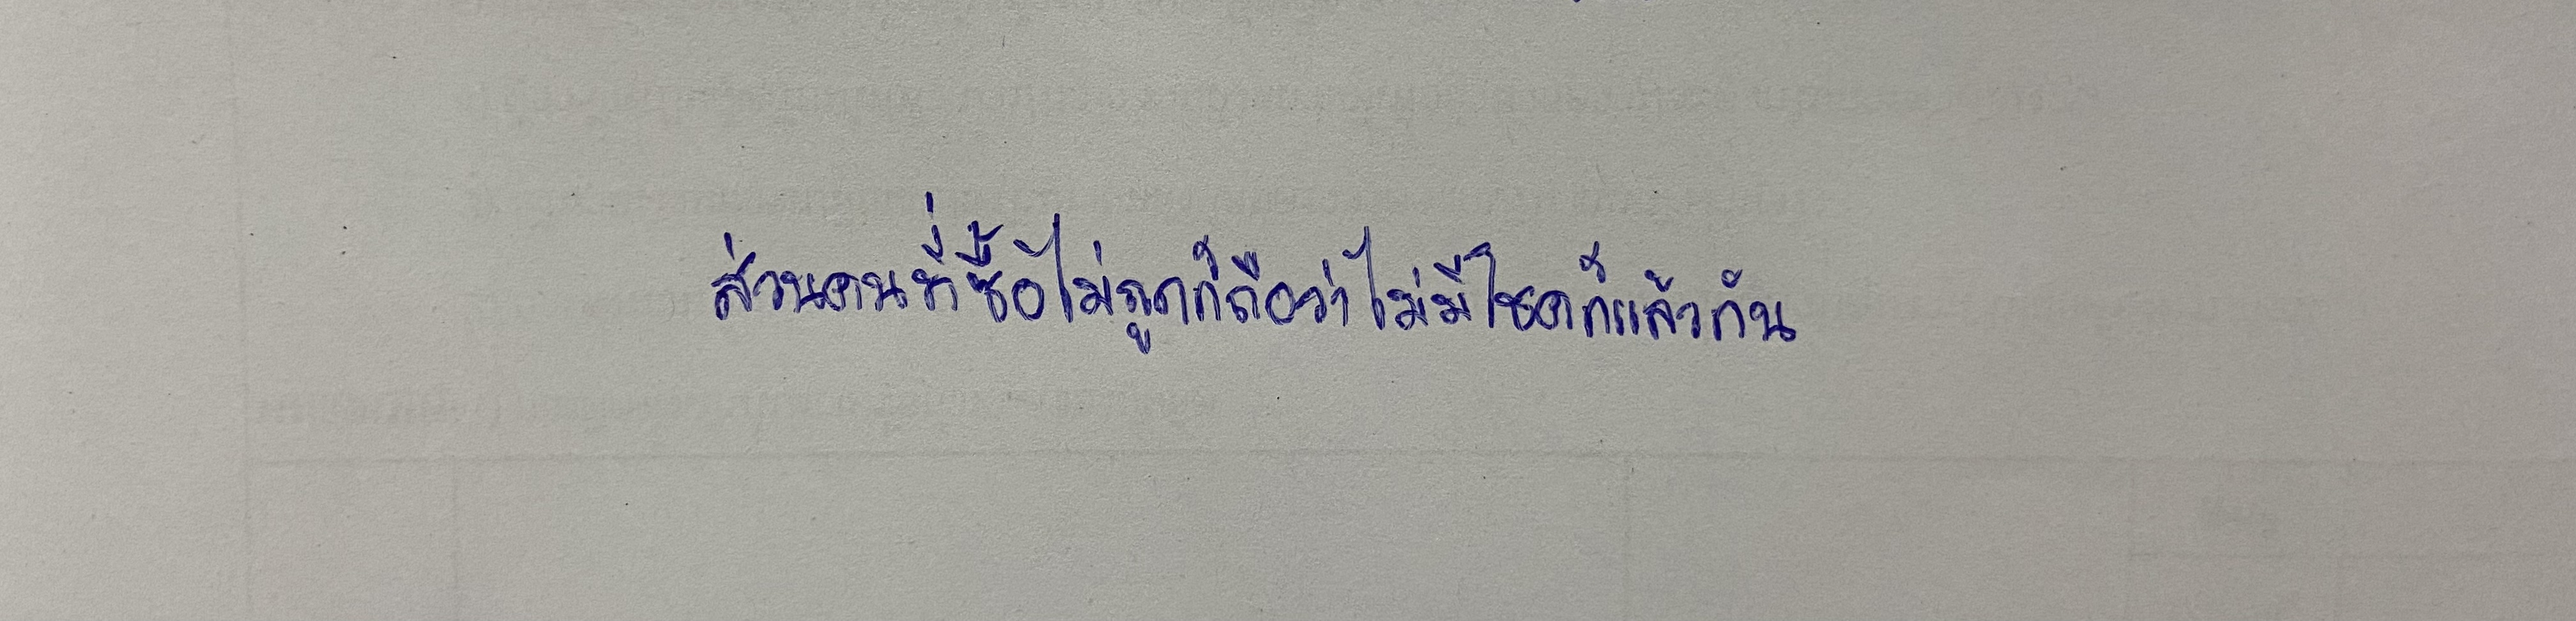
ส่วนคนที่ซื้อไม่ถูกก็ถือว่าไม่มีโชคก็แล้วกัน